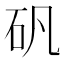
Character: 矾